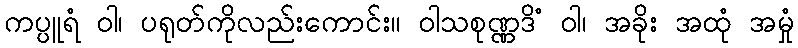
ကပ္ပူရံ ဝါ၊ ပရုတ်ကိုလည်းကောင်း။ ဝါသစုဏ္ဏဒိံ ဝါ၊ အခိုး အထုံ အမှုံ